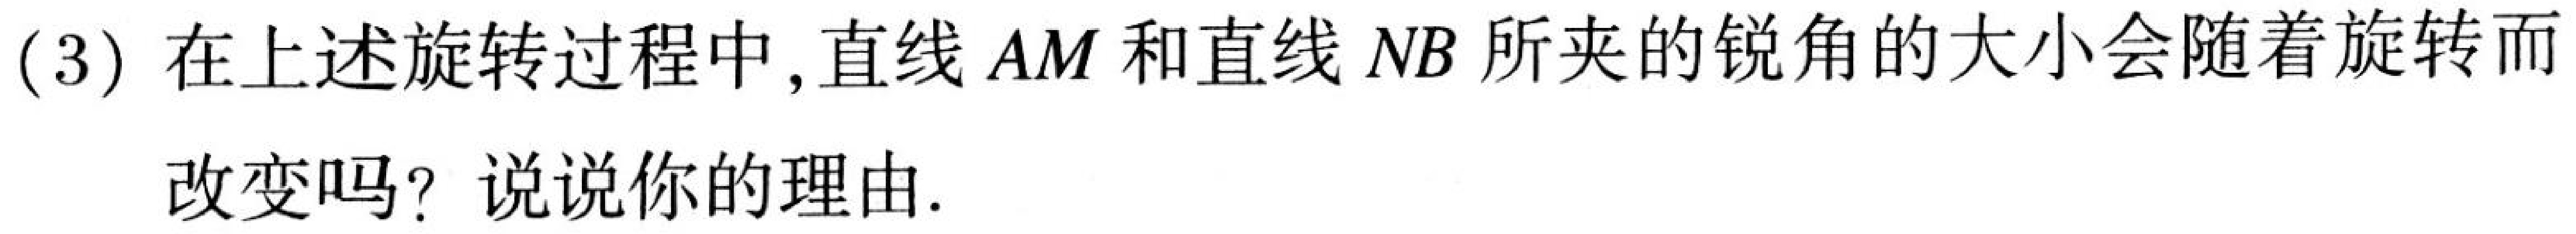
(3)在上述旋转过程中,直线\(AM\)和直线\(NB\)所夹的锐角的大小会随着旋转而
改变吗？说说你的理由.